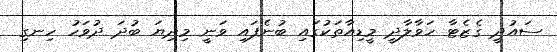
ސައުދީ ގެޒެޓާ ހަވާލާދީ މީޑިއާތަކުގައި ބުނެފައި ވަނީ މިދިޔަ ބުދަ ދުވަހު ހިނގި